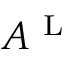
A ^ { \mathrm { ~ L ~ } }